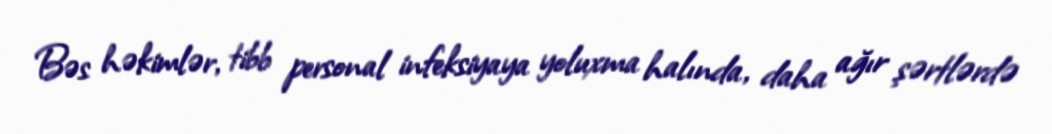
Bəs həkimlər, tibb personal infeksiyaya yoluxma halında, daha ağır şərtlərdə